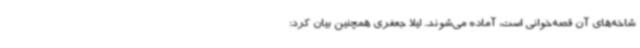
شاخه‌های آن قصه‌خوانی است، آماده می‌شوند. لیلا جعفری همچنین بیان کرد: